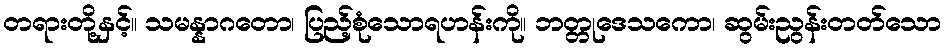
တရားတို့နှင့်။ သမန္နာဂတော၊ ပြည့်စုံသောရဟန်းကို။ ဘတ္တုဒေသကော၊ ဆွမ်းညွန်းတတ်သော